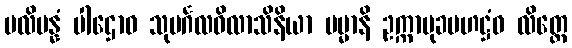
ပလိပန္နံ ပါဌောဝ သုမင်္ဂလဝိလာသိနိယာ မမ္မာနိ ဥက္ကာမုခပဟဋ္ဌံဝ လိတ္တေ